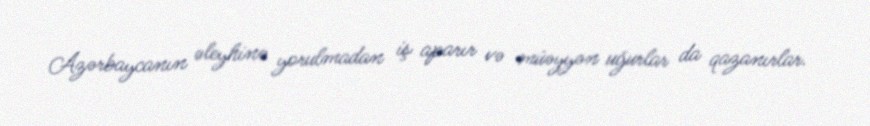
Azərbaycanın əleyhinə yorulmadan iş aparır və müəyyən uğurlar da qazanırlar.